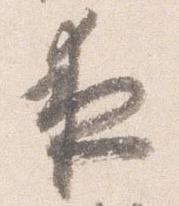
夜